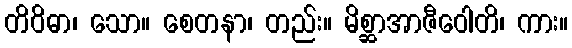
တိဝိဓာ၊ သော။ စေတနာ၊ တည်း။ မိစ္ဆာအာဇီဝေါတိ၊ ကား။